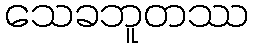
သေခဘူတဿ